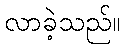
လာခဲ့သည်။